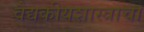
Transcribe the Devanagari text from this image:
वैद्यकीयशास्त्राचा